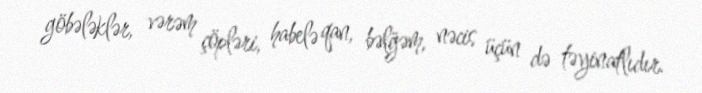
göbələklər, vərəm çöpləri, habelə qan, bəlğəm, nəcis üçün də təyinatlıdır.